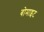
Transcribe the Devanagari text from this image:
बोमाइट